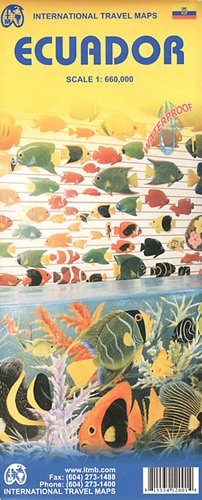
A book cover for Ecuador 1:660,000 Travel Map 2011*** (International Travel Maps); ITM Canada; Travel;